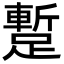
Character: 蹔